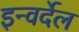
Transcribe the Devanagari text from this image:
इन्वर्देल